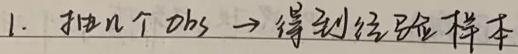
1. 抽\(n\)个obs $\to$ 得到经验样本